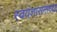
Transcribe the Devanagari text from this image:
स्वयंशासनाच्या